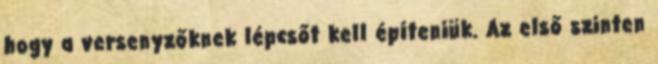
hogy a versenyzőknek lépcsőt kell építeniük. Az első szinten